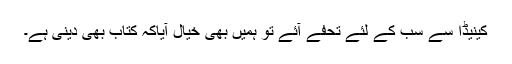
کینیڈا سے سب کے لئے تحفے آئے تو ہمیں بھی خیال آیاکہ کتاب بھی دینی ہے۔